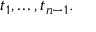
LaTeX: t _ { 1 } , \ldots , t _ { n - 1 } .